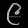
Digit: ၉